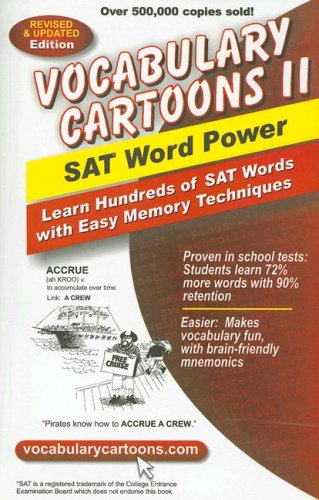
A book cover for Vocabulary Cartoons II: SAT Word Power; Sam Burchers; Test Preparation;